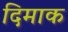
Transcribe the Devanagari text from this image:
दिमाक